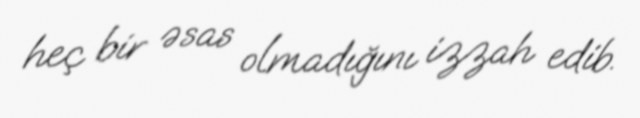
heç bir əsas olmadığını izzah edib.